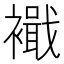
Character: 𮖹